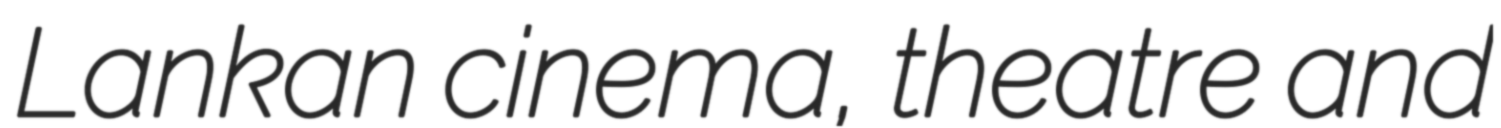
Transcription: Lankan cinema, theatre and